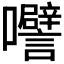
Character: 𭍅